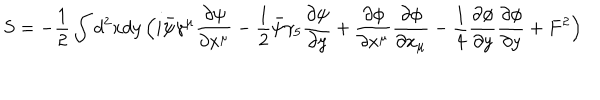
S = - \frac { 1 } { 2 } \int d ^ { 2 } x d y \, \Bigl ( i \bar { \psi } \gamma ^ { \mu } \frac { \partial \psi } { \partial x ^ { \mu } } - \frac { 1 } { 2 } \bar { \psi } \gamma _ { 5 } \frac { \partial \psi } { \partial y } + \frac { \partial \phi } { \partial x ^ { \mu } } \frac { \partial \phi } { \partial x _ { \mu } } - \frac { 1 } { 4 } \frac { \partial \phi } { \partial y } \frac { \partial \phi } { \partial y } + F ^ { 2 } \Bigr )